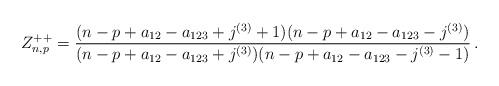
\begin{align*} Z^{++}_{n,p}=\frac{(n-p+a_{12}-a_{123}+j^{(3)}+1)(n-p+a_{12}-a_{123}-j^{(3)})}{(n-p+a_{12}-a_{123}+j^{(3)})(n-p+a_{12}-a_{123}-j^{(3)}-1)}\,.\end{align*}